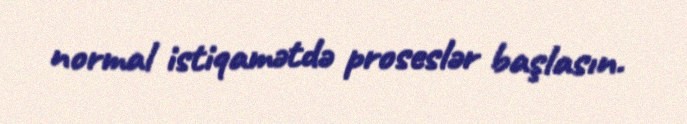
normal istiqamətdə proseslər başlasın.